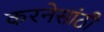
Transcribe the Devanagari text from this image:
करनेसांठी